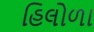
હિલોળા